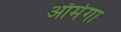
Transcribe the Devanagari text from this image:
ऑमेगा